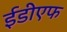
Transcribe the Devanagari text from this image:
ईडीएफ